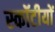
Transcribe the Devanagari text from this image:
स्कॉटीयों